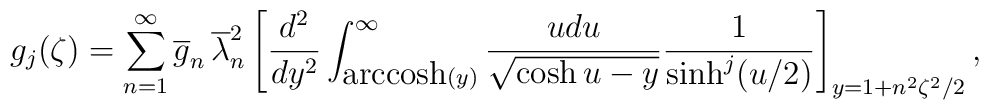
g_{j}(\zeta)=\sum_{n=1}^{\infty}\overline{g}_n\,\overline{\lambda}_n^2\left[\frac{d^2}{dy^2}\int_{\mbox{arccosh}(\large{y})}^{\infty}\frac{udu}{\sqrt{\cosh u-y}}\frac{1}{\sinh^j(u/2)}\right]_{y=1+n^2\zeta^2/2},